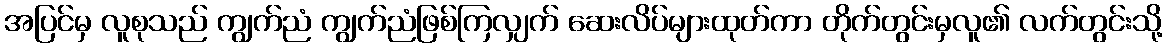
အပြင်မှ လူစုသည် ကျွက်ညံ ကျွက်ညံဖြစ်ကြလျှက် ဆေးလိပ်များထုတ်ကာ တိုက်တွင်းမှလူ၏ လက်တွင်းသို့